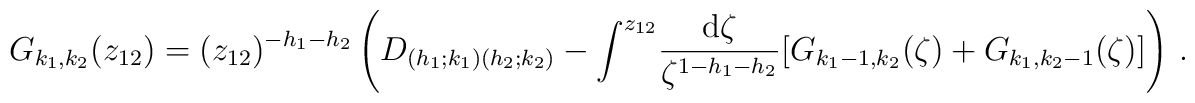
G_{k_1,k_2}(z_{12})=(z_{12})^{-h_1-h_2}\left(D_{(h_1;k_1)(h_2;k_2)}    - \int^{z_{12}}\!\frac{{\rm d}\zeta}{\zeta^{1-h_1-h_2}}[    G_{k_1-1,k_2}(\zeta)+G_{k_1,k_2-1}(\zeta)]\right)\,.